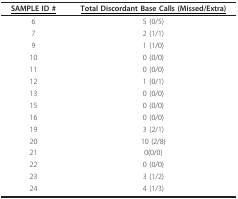
<table><thead><tr><td><b><underline>SAMPLE ID #</underline></b></td><td><b><underline>Total Discordant Base Calls (Missed/Extra)</underline></b></td></tr></thead><tbody><tr><td>6</td><td>5 (0/5)</td></tr><tr><td>7</td><td>2 (1/1)</td></tr><tr><td>9</td><td>1 (1/0)</td></tr><tr><td>10</td><td>0 (0/0)</td></tr><tr><td>11</td><td>0 (0/0)</td></tr><tr><td>12</td><td>1 (0/1)</td></tr><tr><td>13</td><td>0 (0/0)</td></tr><tr><td>15</td><td>0 (0/0)</td></tr><tr><td>16</td><td>0 (0/0)</td></tr><tr><td>19</td><td>3 (2/1)</td></tr><tr><td>20</td><td>10 (2/8)</td></tr><tr><td>21</td><td>0(0/0)</td></tr><tr><td>22</td><td>0 (0/0)</td></tr><tr><td>23</td><td>3 (1/2)</td></tr><tr><td>24</td><td>4 (1/3)</td></tr></tbody></table>